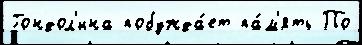
Гондол'ина побужда́ет па́м'ять По